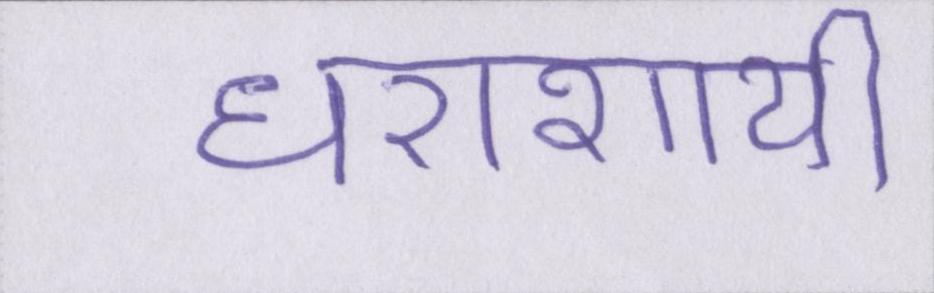
धराशायी